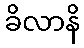
ခိလာနိ